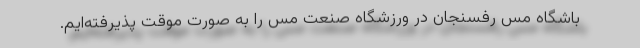
باشگاه مس رفسنجان در ورزشگاه صنعت مس را به صورت موقت پذیرفته‌ایم.